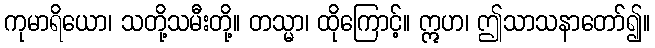
ကုမာရိယော၊ သတို့သမီးတို့။ တသ္မာ၊ ထိုကြောင့်။ ဣဟ၊ ဤသာသနာတော်၍။